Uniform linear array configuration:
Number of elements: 32
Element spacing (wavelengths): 1
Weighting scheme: binomial
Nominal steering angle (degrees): -60
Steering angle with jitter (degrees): -60.9
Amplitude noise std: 0.05
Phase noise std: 0.05

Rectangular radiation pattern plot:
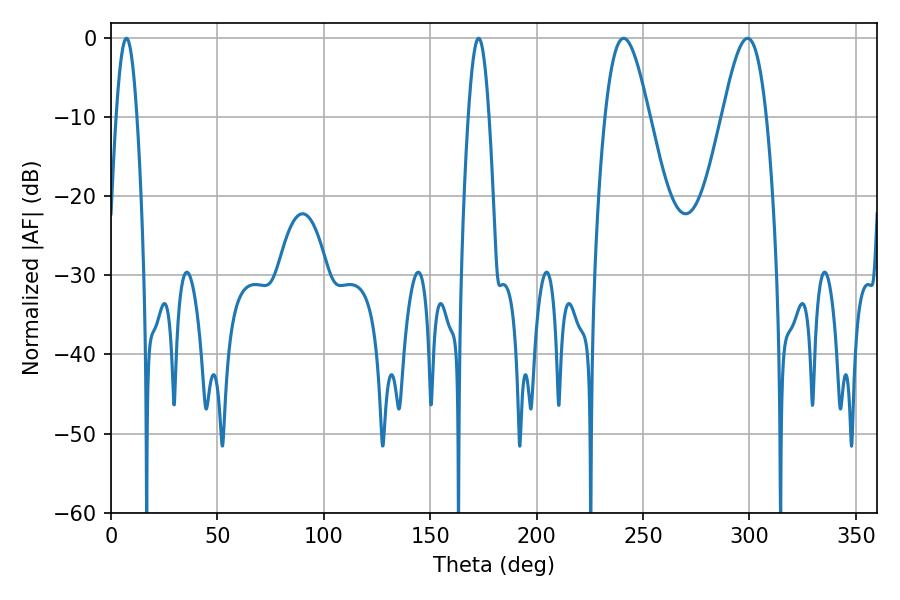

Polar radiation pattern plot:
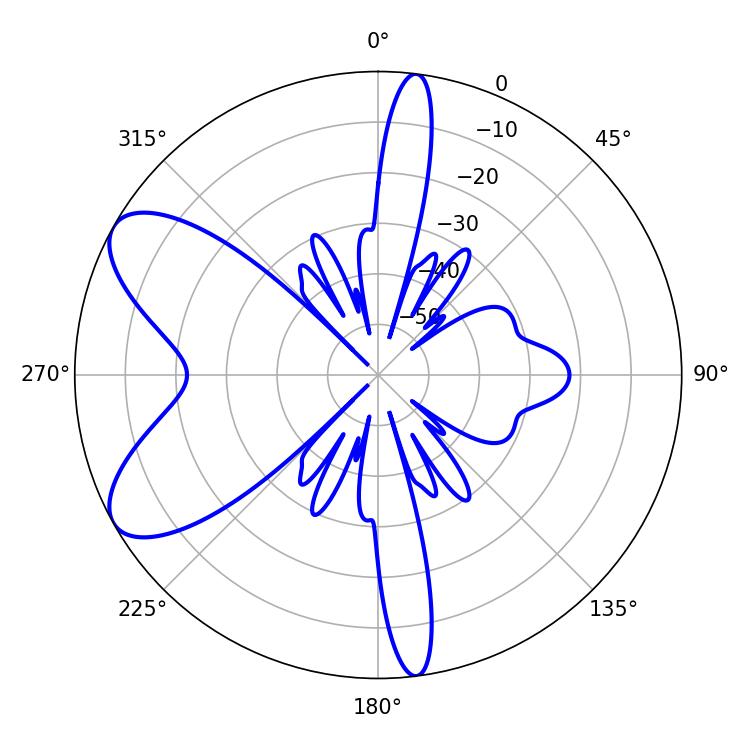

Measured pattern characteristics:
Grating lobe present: TRUE
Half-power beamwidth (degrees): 11.16
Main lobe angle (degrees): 240.84